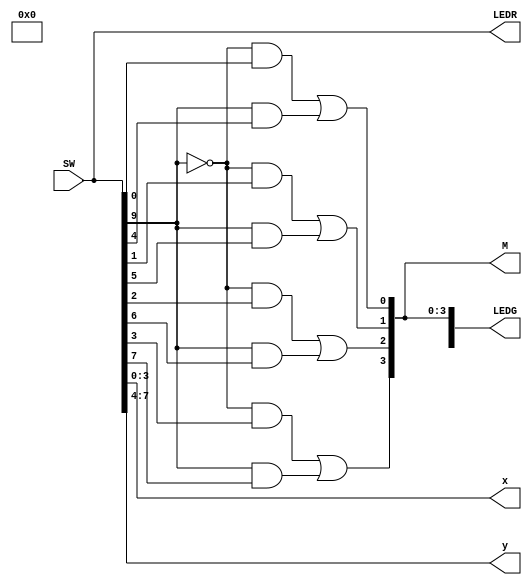
//4 bit wide multiplexer

module Lab1_part2 (SW, LEDR, LEDG, M, x, y); 
	input[9:0] SW;
	output [9:0] LEDR;
	output [7:0] LEDG;
	output [3:0] M;
	output [3:0] x;
	output [7:4] y;
	
	assign LEDR = SW;
	assign x[3:0] = SW[3:0];
	assign y[7:4] = SW[7:4];
	assign s = SW[9];
	
	assign M[0] = (~s & x[0]) | (s & y[4]);
	assign M[1] = (~s & x[1]) | (s & y[5]);
	assign M[2] = (~s & x[2]) | (s & y[6]);
	assign M[3] = (~s & x[3]) | (s & y[7]);

	assign LEDG = M;
endmodule